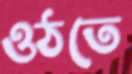
ওঠতে